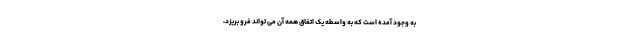
به وجود آمده است که به واسطه یک اتفاق همه آن می تواند فرو بریزد،